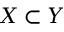
X \subset Y